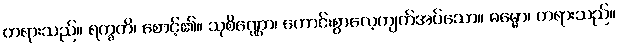
တရားသည်။ ရက္ခတိ၊ စောင့်၏။ သုစိဏ္ဏော၊ ကောင်းစွာလေ့ကျက်အပ်သော။ ဓမ္မော၊ တရားသည်။